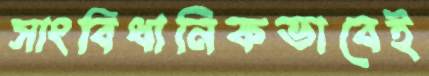
সাংবিধানিকভাবেই